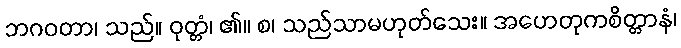
ဘဂဝတာ၊ သည်။ ဝုတ္တံ၊ ၏။ စ၊ သည်သာမဟုတ်သေး။ အဟေတုကစိတ္တာနံ၊